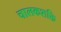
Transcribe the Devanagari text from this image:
चालकशक्ति